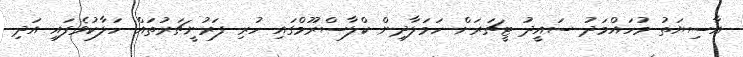
އާސިޔަތު މުހައްމަދު ސައީދު ޓީޗަރަށް ހަމަލާދިން ކްލާސްރޫމްގައި ހުރި ފަރުނީޗަރުތައް ހަލާކުވެފައި އަދި